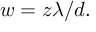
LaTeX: w = z \lambda / d .